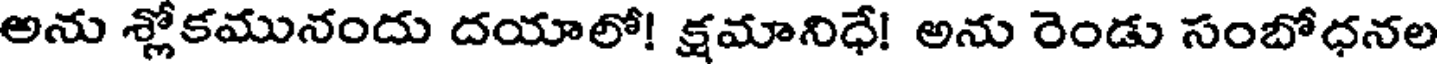
అను శ్లోకమునందు దయాలో! క్షమానిధే! అను రెండు సంబోధనల